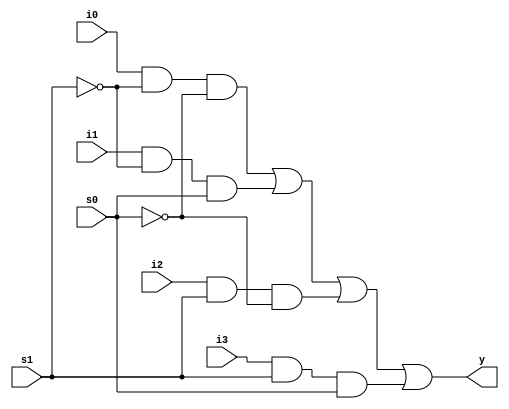
// Code your design here
module mux4to1 (y,i0,i1,i2,i3,s1,s0);
 input i0,i1,i2,i3;
  input s1,s0;
  output y;
  wire s1n,s0n;
  wire y0,y1,y2,y3;
  not(s1n,s1);
  not(s0n,s0);
  and(y0,i0,s1n,s0n);
  and(y1,i1,s1n,s0);
  and(y2,i2,s1,s0n);
  and(y3,i3,s1,s0);
  or(y,y0,y1,y2,y3);
endmodule